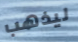
ليذهب